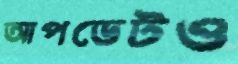
আপডেটও